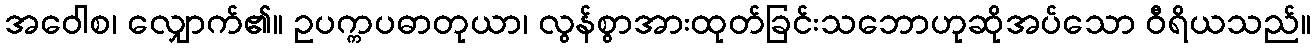
အဝေါစ၊ လျှောက်၏။ ဥပက္ကပဓာတုယာ၊ လွန်စွာအားထုတ်ခြင်းသဘောဟုဆိုအပ်သော ဝီရိယသည်။